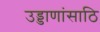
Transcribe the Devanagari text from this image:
उड्डाणांसाठि